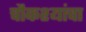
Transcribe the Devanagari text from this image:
चौकश्यांचा